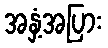
အနှံ့အပြား